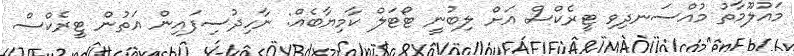
މައުލޫމާތު މުއްސަނދިވި ޓީރެކްސް އަށް ލިބުނީ ޓޯޓަލް ކާމިޔާބެއް: ނާހިދުސިފައިން އަތުން ޓީރެކްސް